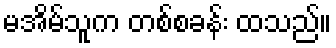
မအိမ်သူက တစ်စခန်း ထသည်။